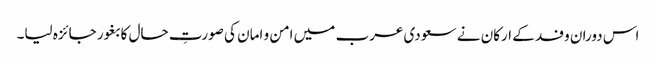
اس دوران وفد کے ارکان نے سعودی عرب میں امن و امان کی صورتِ حال کا بغور جائزہ لیا۔